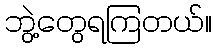
ဘွဲ့တွေရကြတယ်။